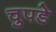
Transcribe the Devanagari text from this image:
चुपडे